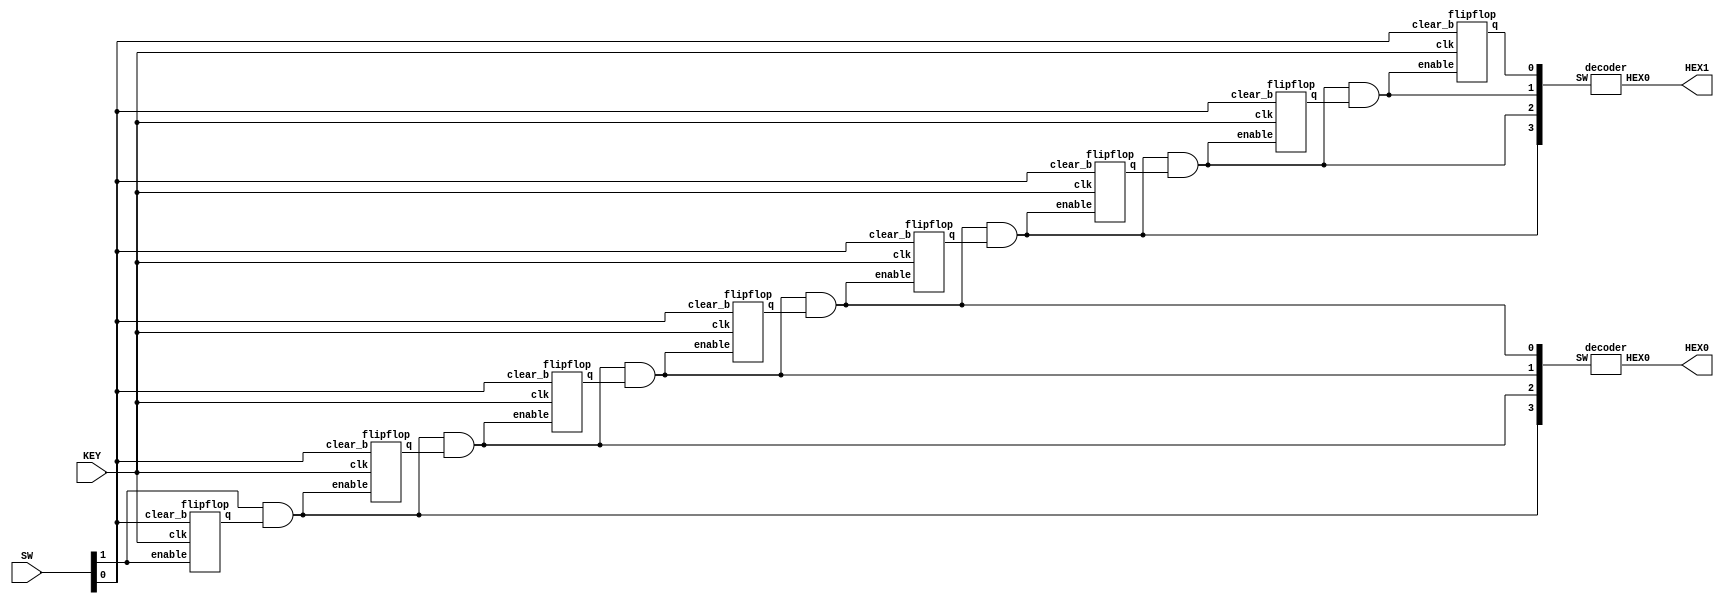
module counter(SW, KEY, HEX0, HEX1);
	input [1:0]SW;
	input [0:0]KEY;
	output [6:0]HEX0;
	output [6:0]HEX1;
	wire Connection1;
	wire Connection2;
	wire Connection3;
	wire Connection4;
	wire Connection5;
	wire Connection6;
	wire Connection7;
	wire Connection8;
	wire Connection9;
	wire Connection10;
	wire Connection11;
	wire Connection12;
	wire Connection13;
	wire Connection14;
	wire Connection15;
	//wire Connection16; 
	

	
	flipflop fo(
	.clk(KEY[0]),
	.clear_b(SW[0]),
	.enable(SW[1]),
	.q(Connection1)
	);
	assign Connection2 = SW[1] & Connection1;
	
	flipflop f1(
	.clk(KEY[0]),
	.clear_b(SW[0]),
	.enable(Connection2),
	.q(Connection3)
	);
	
	assign Connection4 = Connection2 & Connection3;

	flipflop f2(
	.clk(KEY[0]),
	.clear_b(SW[0]),
	.enable(Connection4),
	.q(Connection5)
	);
	
	assign Connection6 = Connection4 & Connection5;
	
	flipflop f3(
	.clk(KEY[0]),
	.clear_b(SW[0]),
	.enable(Connection6),
	.q(Connection7)
	);
	
	assign Connection8 = Connection6 & Connection7;
	
	flipflop f4(
	.clk(KEY[0]),
	.clear_b(SW[0]),
	.enable(Connection8),
	.q(Connection9)
	);
	
	assign Connection10 = Connection8 & Connection9;
	
	flipflop f5(
	.clk(KEY[0]),
	.clear_b(SW[0]),
	.enable(Connection10),
	.q(Connection11)
	);
	
	assign Connection12 = Connection10 & Connection11;
	
	
	flipflop f6(
	.clk(KEY[0]),
	.clear_b(SW[0]),
	.enable(Connection12),
	.q(Connection13)
	);
	
	assign Connection14 = Connection12 & Connection13;
	
	flipflop f7(
	.clk(KEY[0]),
	.clear_b(SW[0]),
	.enable(Connection14),
	.q(Connection15)
	);
	
	//assign Connection16 = Connection14 & Connection15;
	
	decoder first(
	.SW({Connection2, Connection4, Connection6, Connection8}),
	.HEX0(HEX0)
	);
	
	decoder second(
	.SW({Connection10, Connection12, Connection14, Connection15}),
	.HEX0(HEX1)
	);
	
endmodule

module flipflop (clk, clear_b, enable, q);
	input clk;
	input clear_b;
	input enable;
	output q;
	reg Q;

	always @(posedge clk, negedge clear_b) 
	if (~clear_b) begin
	Q <= 0;
	end
	else if (enable) begin
	Q <= clear_b;
	end
	assign q = Q;
endmodule

module decoder(HEX0, SW);
    input [3:0] SW;
    output [6:0] HEX0;    
    hex0 u0(
        .c3(SW[3]),
        .c2(SW[2]),
        .c1(SW[1]),
          .c0(SW[0]),
        .m(HEX0[0])
        );
     
     hex1 u1(
        .c3(SW[3]),
        .c2(SW[2]),
        .c1(SW[1]),
          .c0(SW[0]),
        .m(HEX0[1])
        );
          
     hex2 u2(
        .c3(SW[3]),
        .c2(SW[2]),
        .c1(SW[1]),
          .c0(SW[0]),
        .m(HEX0[2])
        );
          
     hex3 u3(
        .c3(SW[3]),
        .c2(SW[2]),
        .c1(SW[1]),
          .c0(SW[0]),
        .m(HEX0[3])
        );
          
     hex4 u4(
        .c3(SW[3]),
        .c2(SW[2]),
        .c1(SW[1]),
          .c0(SW[0]),
        .m(HEX0[4])
        );
          
     hex5 u5(
        .c3(SW[3]),
        .c2(SW[2]),
        .c1(SW[1]),
          .c0(SW[0]),
        .m(HEX0[5])
        );
          
     hex6 u6(
        .c3(SW[3]),
        .c2(SW[2]),
        .c1(SW[1]),
          .c0(SW[0]),
        .m(HEX0[6])
        );
          
endmodule
 
module hex0(c3, c2, c1, c0, m);
    input c3; //input from decoder
    input c2; //input from decoder
    input c1; //input from decoder
    input c0; //input from decoder
    output m; //output
 
    assign m = ~c3 & ~c2 & ~c1 & c0 | ~c3 & c2 & ~c1 & ~c0 | c3 & ~c2 & c1 & c0 | c3 & c2 & ~c1& c0;
     
endmodule
 
module hex1(c3, c2, c1, c0, m);
    input c3; //input from decoder
    input c2; //input from decoder
    input c1; //input from decoder
    input c0; //input from decoder
    output m; //output
 
    assign m = ~c3 & c2 & ~c1 & c0 | c2 & c1 & ~c0 | c3 & c1 & c0 | c3 & c2 & ~c1 & ~c0;
     
endmodule
 
module hex2(c3, c2, c1, c0, m);
    input c3; //input from decoder
    input c2; //input from decoder
    input c1; //input from decoder
    input c0; //input from decoder
    output m; //output
 
    assign m = ~c3 & ~c2 & c1 & ~c0 | c3 & c2 & ~c1 & ~c0 | c3 & c2 & c1; 
     
endmodule
 
module hex3(c3, c2, c1, c0, m);
    input c3; //input from decoder
    input c2; //input from decoder
    input c1; //input from decoder
    input c0; //input from decoder
    output m; //output
 
    assign m = ~c2 & ~c1 & c0 | ~c3 & c2 & ~c1 & ~c0 | c2 & c1 & c0 | c3 & ~c2 & c1 & ~c0; 
     
endmodule
 
module hex4(c3, c2, c1, c0, m);
    input c3; //input from decoder
    input c2; //input from decoder
    input c1; //input from decoder
    input c0; //input from decoder
    output m; //output
 
    assign m = ~c3 & c0 | ~c3 & c2 & ~c1 | c3 & ~c2 & ~c1 & c0;
     
endmodule
 
module hex5(c3, c2, c1, c0, m);
    input c3; //input from decoder
    input c2; //input from decoder
    input c1; //input from decoder
    input c0; //input from decoder
    output m; //output
 
    assign m = ~c3 & ~c2 & c0 | ~c3 & ~c2 & c1 |  ~c3 & c1 & c0 |  c3 & c2 & ~c1 & c0;
 
endmodule
 
module hex6(c3, c2, c1, c0, m);
    input c3; //input from decoder
    input c2; //input from decoder
    input c1; //input from decoder
    input c0; //input from decoder
    output m; //output
 
    assign m = ~c3 & ~c2 & ~c1 | ~c3 & c2 & c1 & c0 | c3 & c2 & ~c1 & ~c0;
     
endmodule